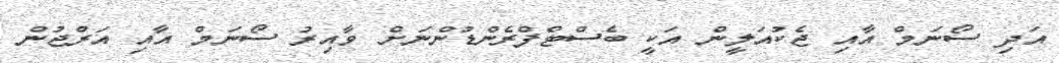
އަދި ސޯނަމް އާއި ޖެކުއަލީން އަކީ ބެސްޓްފްރެންޑުންނަށް ވާއިރު ސޯނަމް އާއި އަރްޖުން